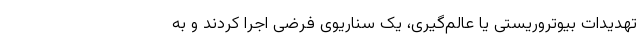
تهدیدات بیوتروریستی یا عالم‌گیری، یک سناریوی فرضی اجرا کردند و به